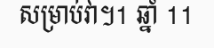
សម្រាប់វា។1 ឆ្នាំ 11